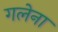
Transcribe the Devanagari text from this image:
गलेना